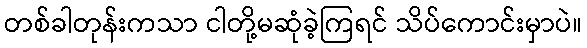
တစ်ခါတုန်းကသာ ငါတို့မဆုံခဲ့ကြရင် သိပ်ကောင်းမှာပဲ။